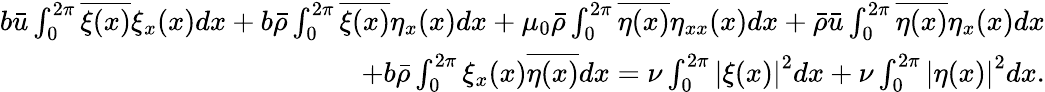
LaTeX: \begin{array}{r}{b\bar{u}\int_{0}^{2\pi}\overline{{\xi(x)}}\xi_{x}(x)dx+b\bar{\rho}\int_{0}^{2\pi}\overline{{\xi(x)}}\eta_{x}(x)dx+\mu_{0}\bar{\rho}\int_{0}^{2\pi}\overline{{\eta(x)}}\eta_{xx}(x)dx+\bar{\rho}\bar{u}\int_{0}^{2\pi}\overline{{\eta(x)}}\eta_{x}(x)dx}\\ {+b\bar{\rho}\int_{0}^{2\pi}\xi_{x}(x)\overline{{\eta(x)}}dx=\nu\int_{0}^{2\pi}\left\lvert\xi(x)\right\rvert^{2}dx+\nu\int_{0}^{2\pi}\left\lvert\eta(x)\right\rvert^{2}dx.}\end{array}